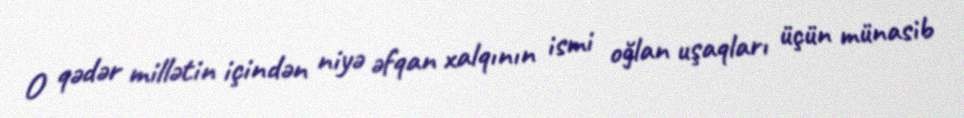
O qədər millətin içindən niyə əfqan xalqının ismi oğlan uşaqları üçün münasib